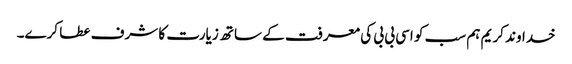
خداوند کریم ہم سب کو اسی بی بی کی معرفت کے ساتھ زیارت کا شرف عطا کرے۔